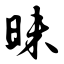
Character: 昧